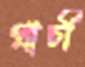
প্রাচী